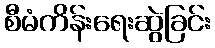
စီမံကိန်းရေးဆွဲခြင်း